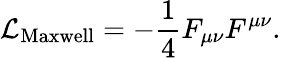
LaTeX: \mathcal{L}_{\textrm{Maxwell}}=-\frac{1}{4}F_{\mu\nu}F^{\mu\nu}.